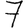
Digit: 7